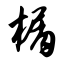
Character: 榍